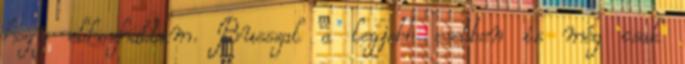
hogy elhozhattam. Busszal a legjobb esetben is még csak